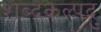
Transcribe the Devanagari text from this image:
शब्दकल्पद्रु